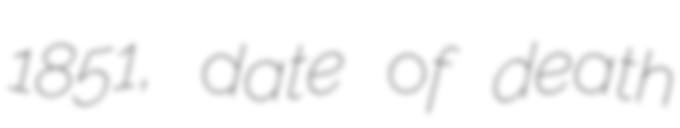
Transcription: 1851, date of death